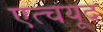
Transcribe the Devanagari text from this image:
एत्चयूद